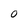
Character: 0